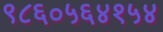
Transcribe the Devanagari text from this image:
९८६०५६४१५४